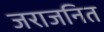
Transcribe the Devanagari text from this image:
जराजनित